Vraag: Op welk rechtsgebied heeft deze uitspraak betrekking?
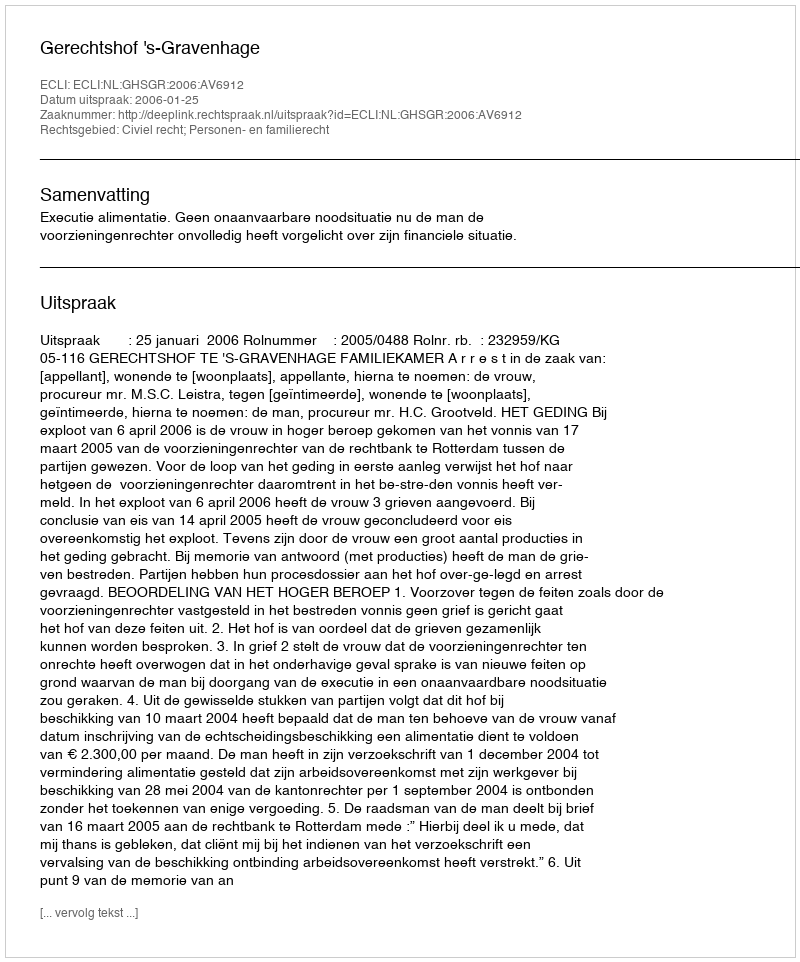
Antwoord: Civiel recht; Personen- en familierecht